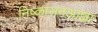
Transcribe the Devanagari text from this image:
निष्कासनआज्ञा